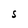
Character: S